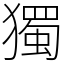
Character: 獨